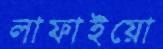
লাফাইয়ো